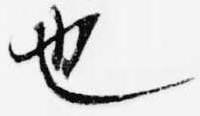
也